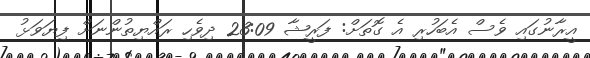
އީރާނުގައި ވެސް އެބަހުރި އެ ގޮތަށް: ފަރީޝާ 23:09 ދިވެހި ރައްޔިތުންނަށް ފިޔަވަޅު